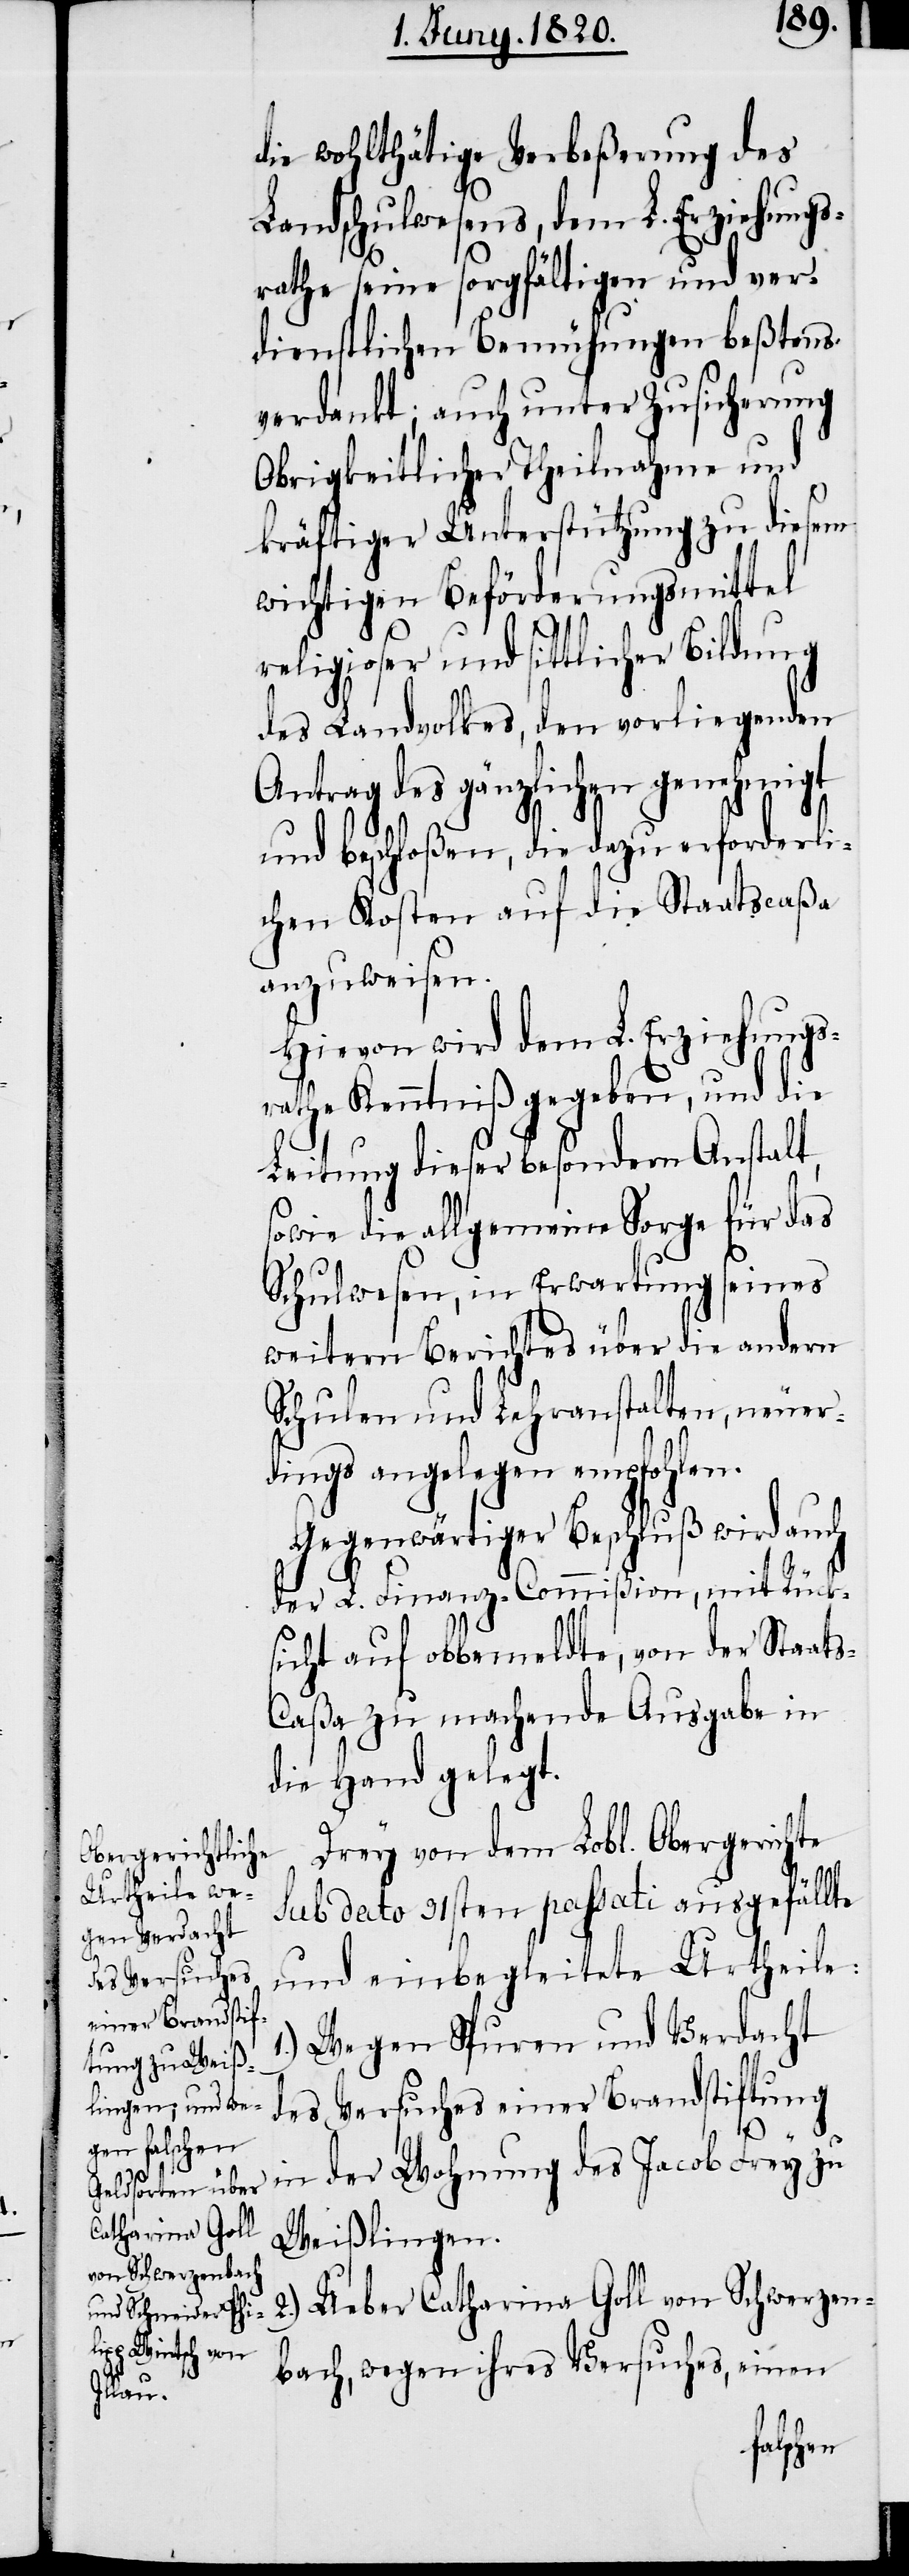
die wohlthätige Verbeßerung des
Landschulwesens, dem L. Erziehungs¬
rathe seine sorgfältigen und ver¬
dienstlichen Bemühungen beßtens
verdankt; auch unter Zusicherung
Obrigkeitlicher Theilnahme und
kräftiger Unterstützung zu diesem
wichtigen Beförderungsmittel
religioser und sittlicher Bildung
des Landvolkes, den vorliegenden
Antrag des gänzlichen genehmigt
und beschloßen, die dazu erforderli¬
chen Kosten auf die Staatscaßa
anzuweisen.
Hievon wird dem L. Erziehungs¬
rathe Kenntniß gegeben, und die
Leitung dieser besondern Anstalt,
sowie die allgemeine Sorge für das
Schulwesen, in Erwartung einer
weitern Berichtes über die andern
Schulen und Lehranstalten, neuer¬
dings angelegen empfohlen.
Gegenwärtiger Beschluß wird auch
der L. Finanz-Commiβion, mit Rück¬
sicht auf obbemeldte, von der Staat¬
s-Caßa zu machende Ausgabe in
die Hand gelegt.
Drey von dem Lobl. Obergerichte
sub dato 31sten passati ausgefällte
und einbegleitete Urtheile:
1.) Wegen Spuren und Verdacht
des Versuches einer Brandstiftung
in der Wohnung des Jacob Frey zu
Weißlingen.
2.) Ueber Catharina Goll von Schwerzen¬
bach, wegen ihres Versuches, einen